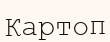
Картоп